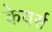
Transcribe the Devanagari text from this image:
केयर्स